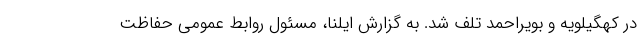
در کهگیلویه و بویراحمد تلف شد. به گزارش ایلنا، مسئول روابط عمومی حفاظت